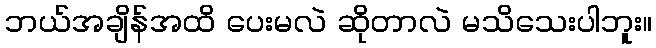
ဘယ်အချိန်အထိ ပေးမလဲ ဆိုတာလဲ မသိသေးပါဘူး။